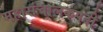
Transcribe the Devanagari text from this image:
महासंचालकपदी